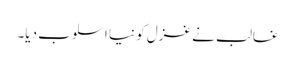
غالب نے غزل کو نیا اسلوب دیا۔